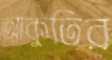
আকুতির